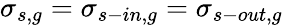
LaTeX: \sigma_{s,g}=\sigma_{s-in,g}=\sigma_{s-out,g}